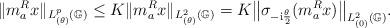
LaTeX: \begin{align*}\|m_a^R x\|_{L^p_{(\theta)}(\mathbb G)} & \leq K \|m_a^R x\|_{L^2_{(\theta)}(\mathbb G)}= K \big\|\sigma_{-\mathrm i \frac{\theta}{2}}(m_a^R x)\big\|_{L^2_{(0)}(\mathbb G)}.\end{align*}